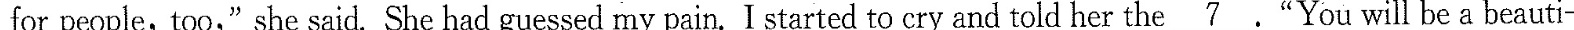
for people, too," she said,She had guessed my pain. I started to cry and told her the \underline{7}.“You will be a beauti-